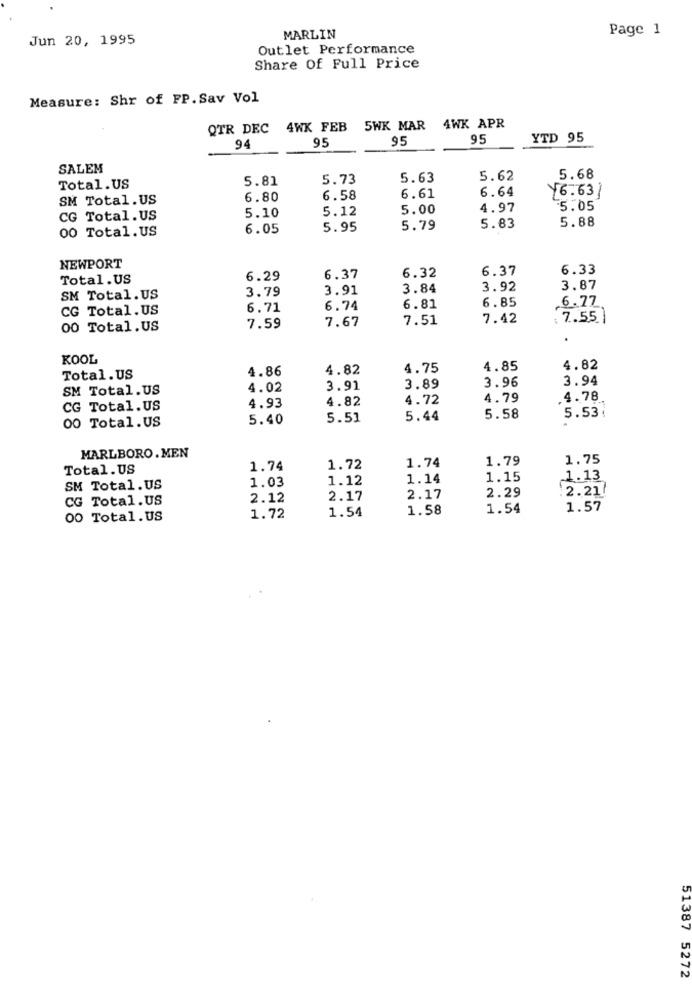
Page 1
Jun 20, 1995
MARLIN
Outlet Performance
Share Of Full Price
Measure: Shr of FP. Sav Vol
QTR DEC 4WK FEB
5WK MAR
4WK APR
95
95
YTD 95
94
95
SALEM
5.81
5.73
5.63
5.62
5.68
Total.US
6.61
6.64
16.631
SM Total. US
6.80
6.58
5.10
5.12
5.00
4.97
5.05
CG Total.US
5.88
00 Total.US
6.05
5.95
5.79
5.83
NEWPORT
6.32
6.37
6.33
Total.US
6.29
6.37
3.91
3.84
3.92
3.87
SM Total.US
3.79
6.85
6.77
CG Total. US
6.71
6.74
6.81
7.67
7.51
7.42
: 7.55|
00 Total.US
7.59
KOOL
4.86
4.82
4.75
4.85
4.82
Total.US
3.96
3.94
SM Total.US
4.02
3.91
3.89
4.82
4.72
4.79
4.78
CG Total.US
4.93
00 Total.US
5.40
5.51
5.44
5.58
5.53
MARLBORO .MEN
1.74
1.79
1.75
Total.US
1.74
1.72
1.03
1.12
1.14
1.15
1.13
SM Total. US
2.29
2.21/
CG Total.US
2.12
2.17
2.17
1.54
1.58
1.54
1.57
00 Total.US
1.72
51387 5272